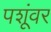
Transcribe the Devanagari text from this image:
पशूंवर